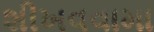
શીખવવામા